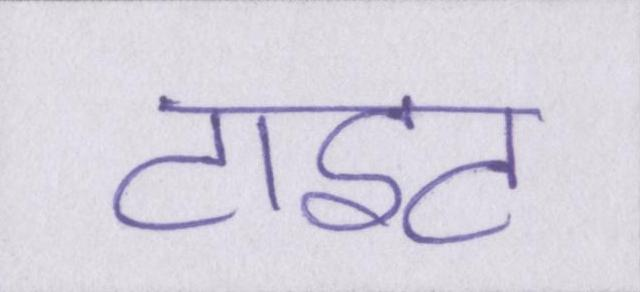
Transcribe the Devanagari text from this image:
टाइट